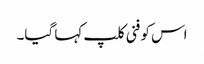
اس کو فنی کلپ کہا گیا۔